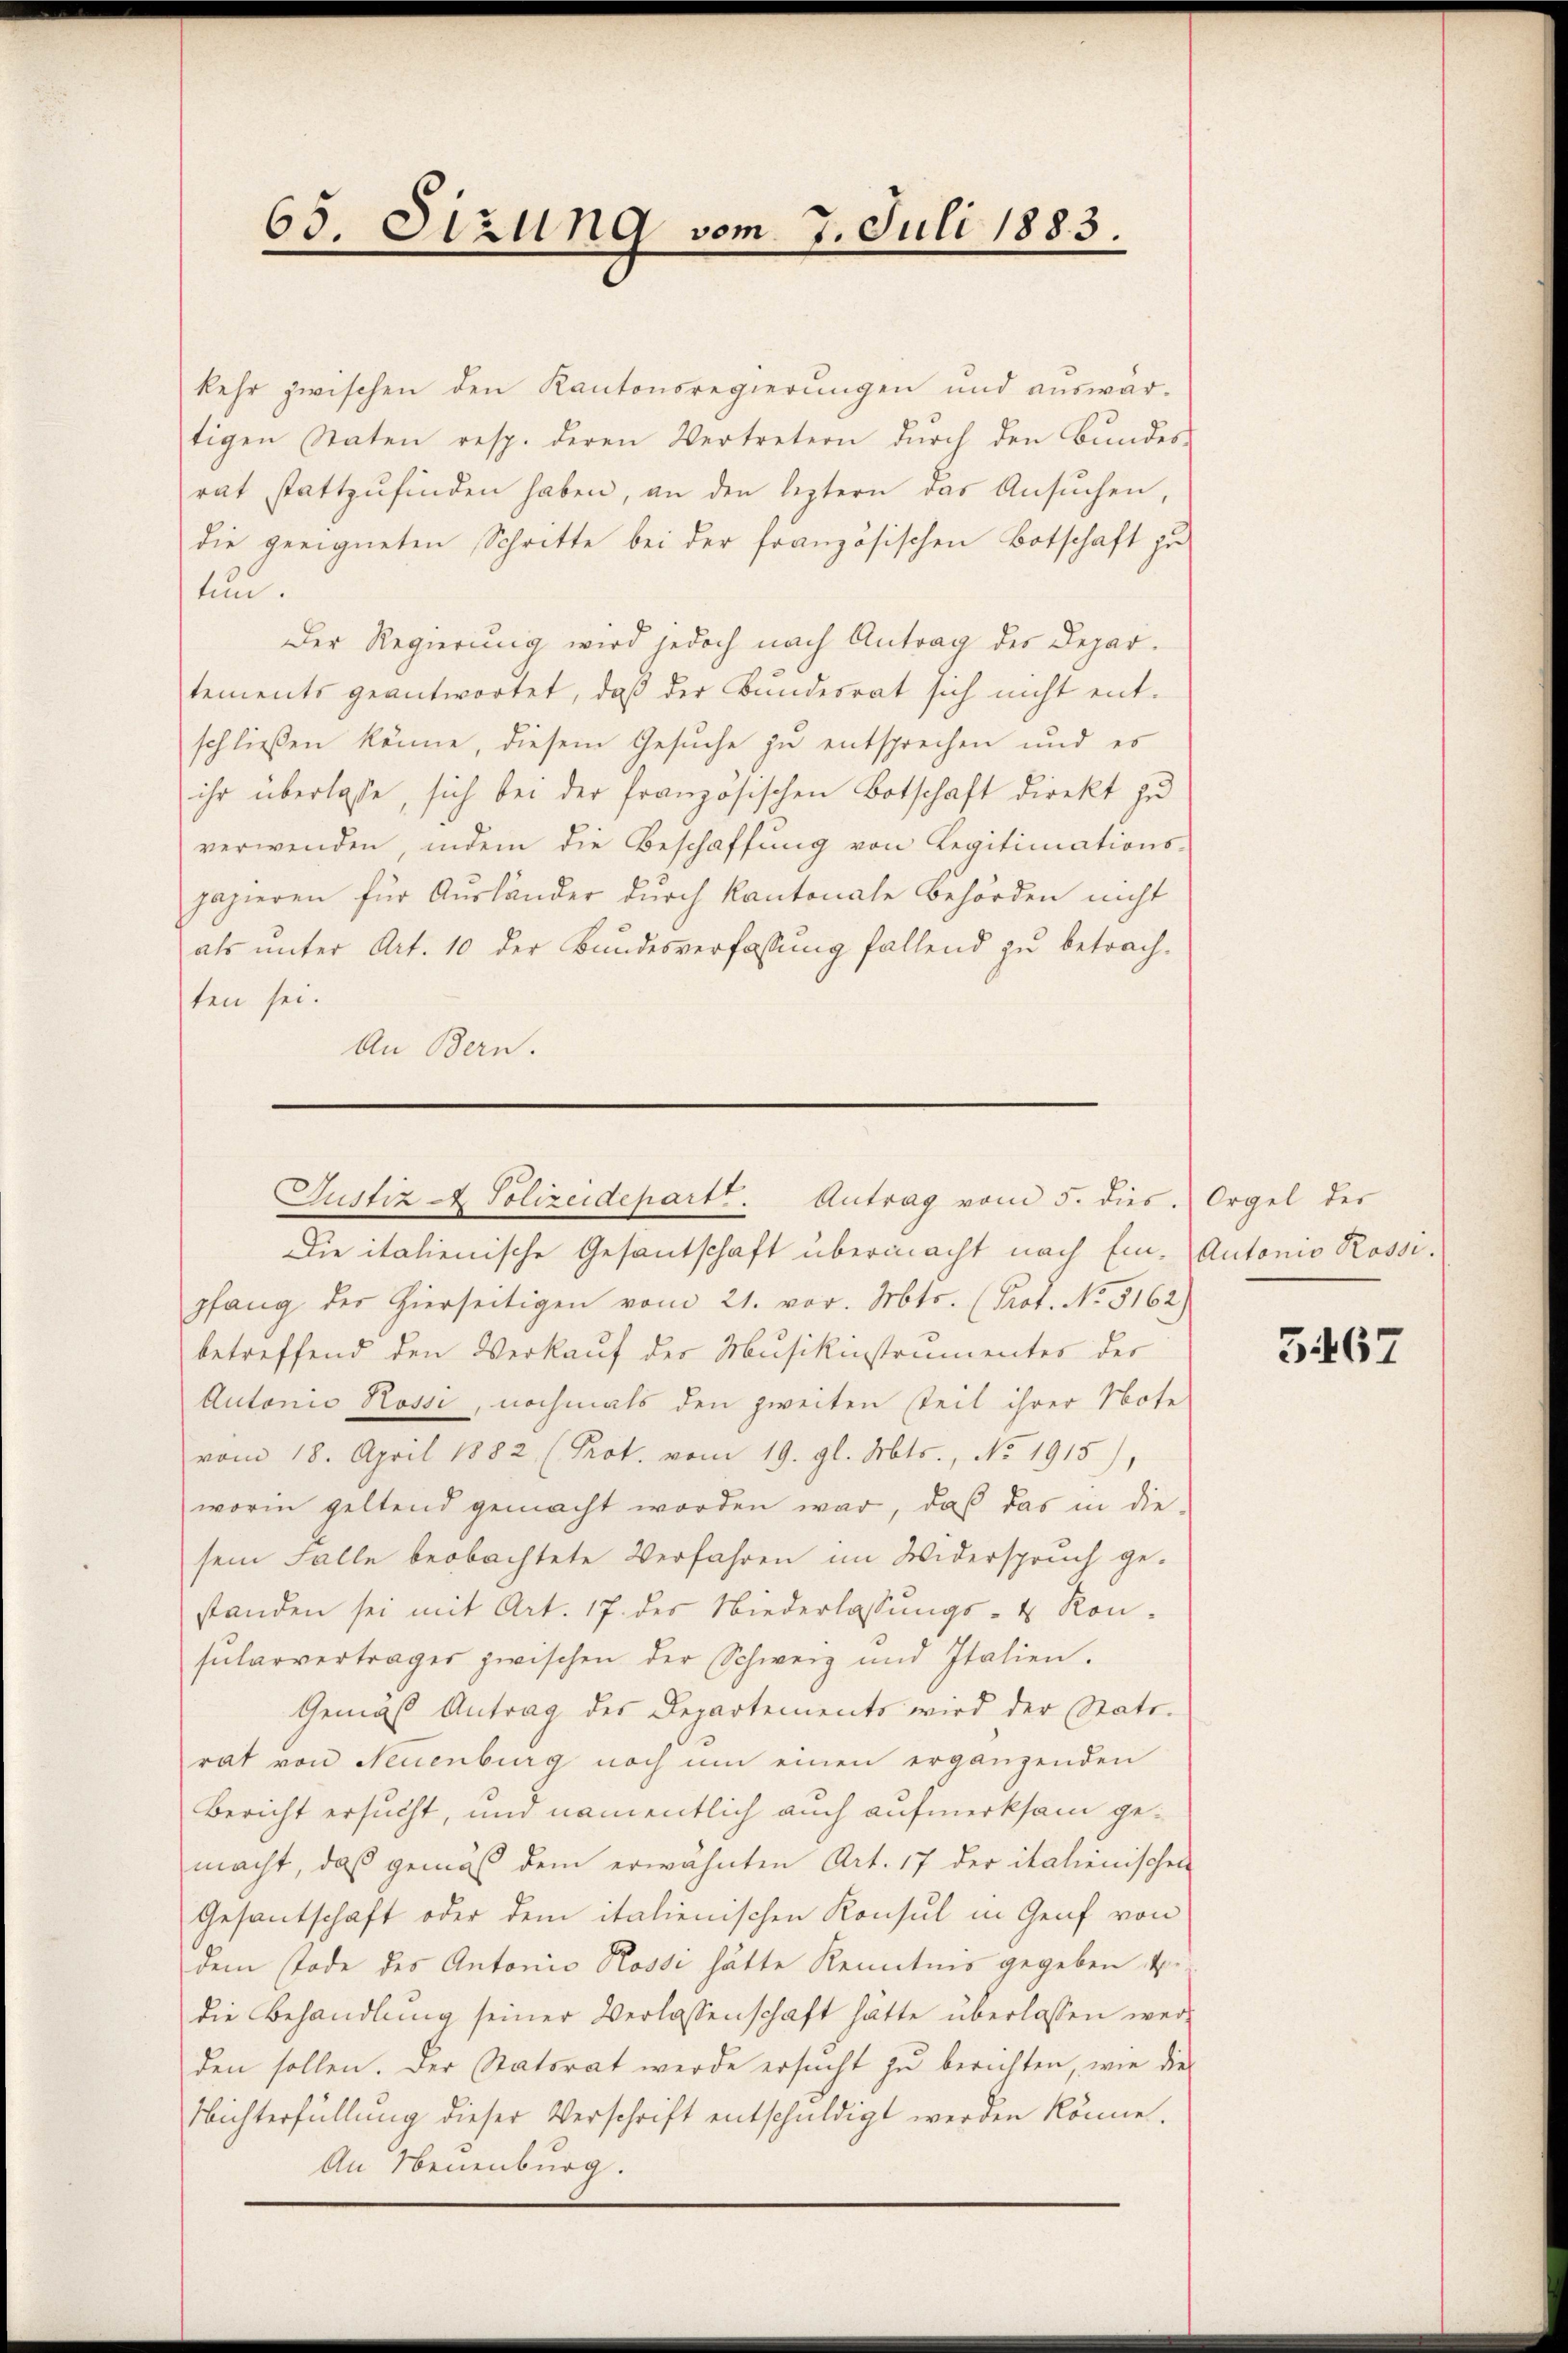
65. Sizung vom 7. Juli 1883.

kehr zwischen den Kantonsregierungen und auswar-
tigen Staten resp. deren Vertretern durch den Bundes-
rat stattzŭfinden haben, an den leztern das Ansŭchen,
die geeigneten Schritte bei der französischen Botschaft zu
tun.
Der Regierung wird jedoch nach Antrag des Departements geantwortet, daß der Bundesrat sich nicht entschließen könne, diesem Gesuche zu entsprechen und es
ihr überlasse, sich bei der französischen Botschaft direkt zu
verwenden, indem die Beschaffŭng von Legitimations-
pazieren für Ausländer durch kantonale Behörden nicht
als unter Art. 10 der Bundesverfassung fallend zu betrach-
ten sei.
An Bern.

Die italienische Gesantschaft übermacht nach Ein- Autonio Rossipfang der hierseitigen vom 21. vor. Mts. (Prof. No. 5162)
betreffend den Verkauf der Musikinstrumentes der
Autonio Rossi, nochmals den zweiten Teil ihrer Note
vom 18. April 1882, (Prot. vom 19. gl. Mts., No 1915),
worin geltend gemacht worden war, daß das in die-
sem Falle beobachtete Verfahren im Widerspruch ge-
standen sei mit Art. 17. des Niederlassŭngs- & Kon-
sularvertrages zwischen der Schweiz und Italien.
Gemäß Antrag des Departements wird der Stattrat von Neuenburg noch ŭm einen ergänzenden
Bericht ersucht, und namentlich auch aufmerksam gemacht, daß gemäß dem erwähnten Art. 17 der italienischen
Gesantschaft oder dem italienischen Konsul in Genf von
dem Tode des Antonio Rosse hätte Kenntnis gegeben
die Behandlung seiner Verlassenschaft hätte überlassen werden sollen. Der Statsrat werde ersucht zu berichten, wie dies
Nichterfüllung dieser Verschrift entschuldigt werden könne.
An Neuenburg.

Justiz A. Polizeidepartt. Antrag vom 5. dies. Orgel des

3467